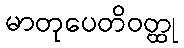
မာတုပေတိဝတ္ထု